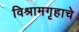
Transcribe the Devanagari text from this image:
विश्रामगृहाचे